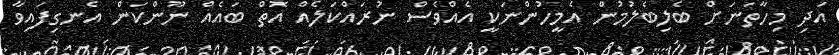
އަދި މިހާތަނަށް ބެލިބެލުމުން އެމީހުންނަކީ އެއްވެސް ނުރައްކަލެއް އޮތް ބައެއް ނޫންކަން އެނގިފައިވާ